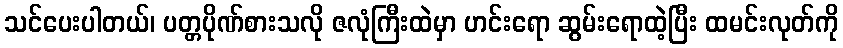
သင်ပေးပါတယ်၊ ပတ္တပိုဏ်စားသလို ဇလုံကြီးထဲမှာ ဟင်းရော ဆွမ်းရောထဲ့ပြီး ထမင်းလုတ်ကို